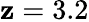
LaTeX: \mathbf{z}=3.2